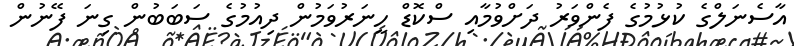
އާސެނަލްގެ ކުޅުމުގެ ފެންވަރު ދަށްވުމާއި ސްކޮޑް ހީނަރުވަމުން ދިއުމުގެ ސަބަބުން ގިނަ ފޭނުން